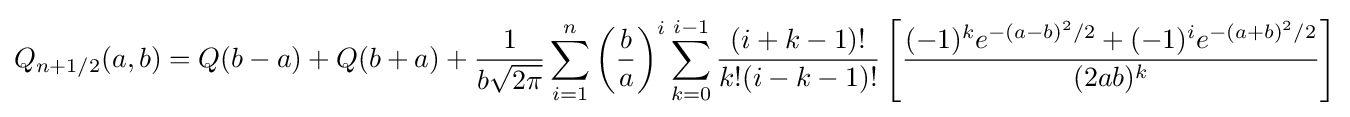
Q_{n+1/2}(a,b)=Q(b-a)+Q(b+a)+{\frac {1}{b{\sqrt {2\pi }}}}\sum _{i=1}^{n}\left({\frac {b}{a}}\right)^{i}\sum _{k=0}^{i-1}{\frac {(i+k-1)!}{k!(i-k-1)!}}\left[{\frac {(-1)^{k}e^{-(a-b)^{2}/2}+(-1)^{i}e^{-(a+b)^{2}/2}}{(2ab)^{k}}}\right]